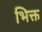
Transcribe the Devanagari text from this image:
भिक्त